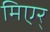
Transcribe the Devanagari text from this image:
मिएर्